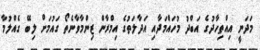
މަދަނީ އިއްތިހާދުގެ އަބްދު މުހައްމަދާއި އަދާލަތުގެ އިމްރާން ޒިންމާވާނެތޯ ގައުމަށް ލިބޭ ގެއްލުމާ